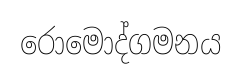
රොමොද්ගමනය